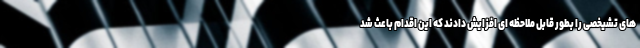
های تشیخصی را بطور قابل ملاحظه ای افزایش دادند که این اقدام باعث شد